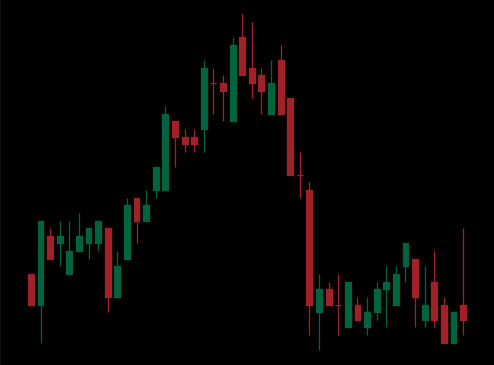
Pattern: head_shoulders